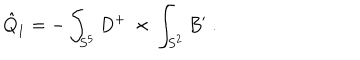
\hat { Q } _ { 1 } = - \int _ { S ^ { 5 } } D ^ { + } \ \times \, \int _ { S ^ { 2 } } B ^ { \prime } \ .